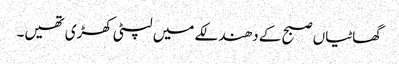
گھاٹیاں صبح کے دھندلکے میں لپٹی کھڑی تھیں۔